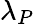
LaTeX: \lambda_{P}